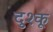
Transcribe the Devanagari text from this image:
दुश्कू